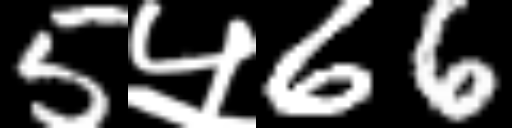
Text: 5५66